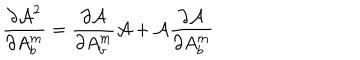
\frac { \partial { \cal A } ^ { 2 } } { \partial A _ { b } ^ { m } } = \frac { \partial { \cal A } } { \partial A _ { b } ^ { m } } { \cal A } + { \cal A } \frac { \partial { \cal A } } { \partial A _ { b } ^ { m } }